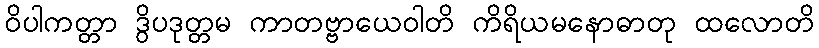
ဝိပါကတ္တာ ဒွိပဒုတ္တမ ကာတဗ္ဗာယေဝါတိ ကိရိယမနောဓာတု ထလောတိ